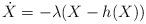
LaTeX: \begin{align*} \dot X = - \lambda (X - h(X))\end{align*}